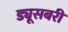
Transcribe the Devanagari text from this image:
ड्यूसबरी